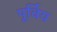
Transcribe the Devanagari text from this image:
पूर्विय